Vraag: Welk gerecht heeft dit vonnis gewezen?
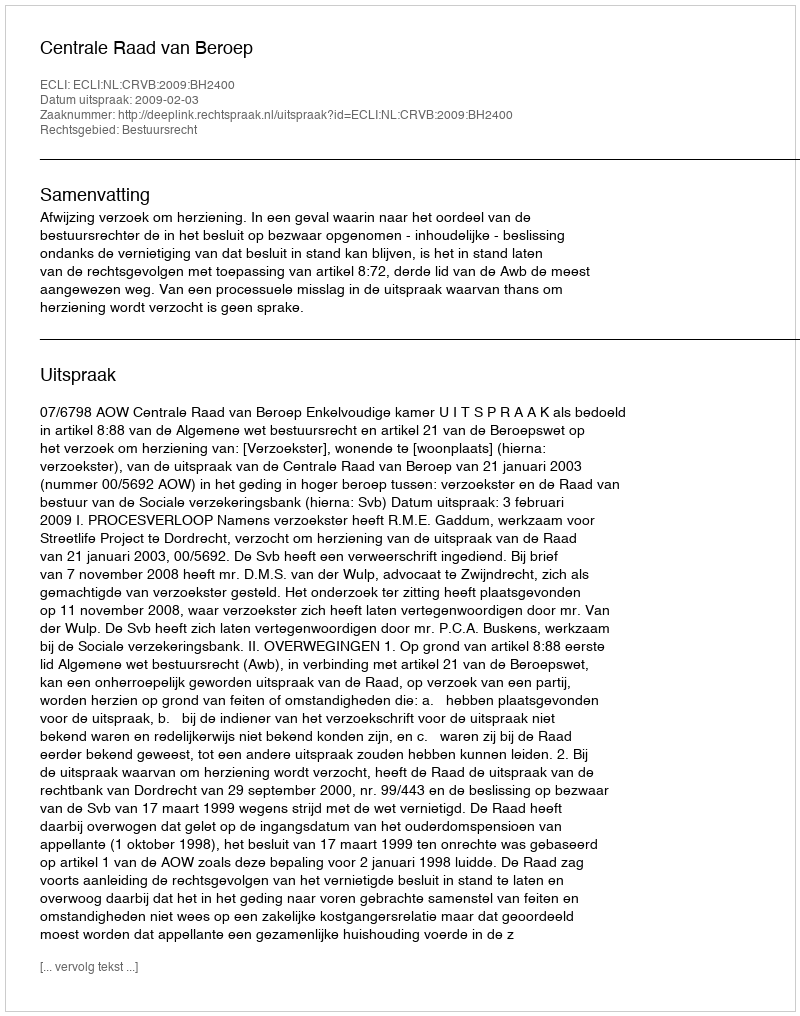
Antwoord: Centrale Raad van Beroep